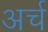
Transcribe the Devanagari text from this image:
अर्च